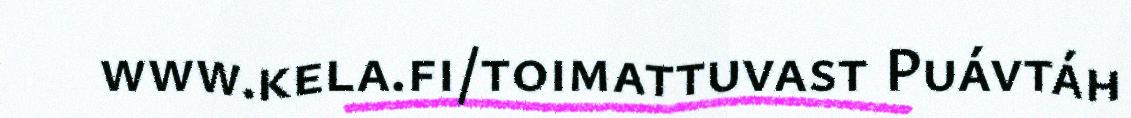
www.kela.fi/toimattuvast Puávtáh